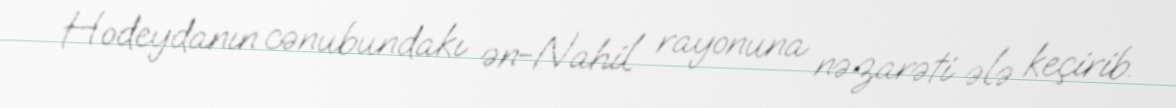
Hodeydanın cənubundakı ən-Nahil rayonuna nəzarəti ələ keçirib.